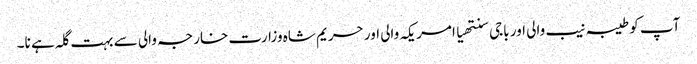
آپ کو طیبہ نیب والی اور باجی سنتھیا امریکہ والی اور حریم شاہ وزارت خارجہ والی سے بہت گلہ ہے نا۔